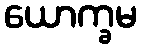
ယောက္ခမ